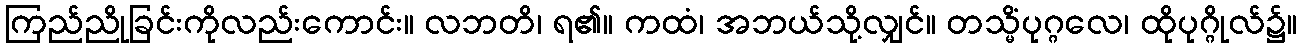
ကြည်ညိုခြင်းကိုလည်းကောင်း။ လဘတိ၊ ရ၏။ ကထံ၊ အဘယ်သို့လျှင်။ တသ္မိံပုဂ္ဂလေ၊ ထိုပုဂ္ဂိုလ်၌။